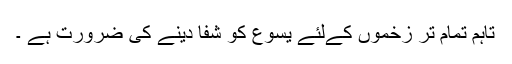
تاہم تمام تر زخموں کےلئے یسوع کو شفا دینے کی ضرورت ہے ۔